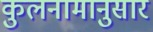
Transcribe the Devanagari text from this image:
कुलनामानुसार